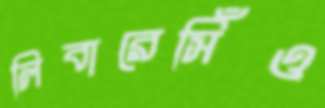
লিবারেসিঁও